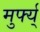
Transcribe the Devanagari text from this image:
मुर्फ्य्